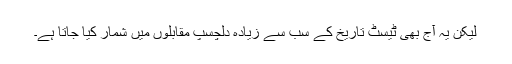
لیکن یہ آج بھی ٹیسٹ تاریخ کے سب سے زیادہ دلچسپ مقابلوں میں شمار کیا جاتا ہے۔